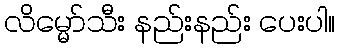
လိမ္မော်သီး နည်းနည်း ပေးပါ။